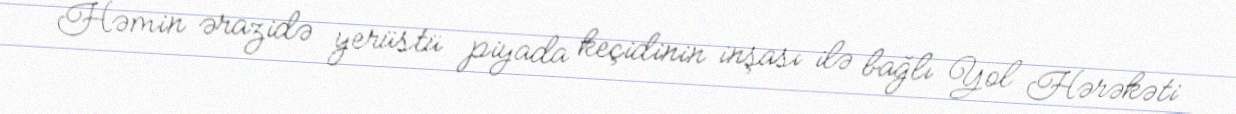
Həmin ərazidə yerüstü piyada keçidinin inşası ilə bağlı Yol Hərəkəti